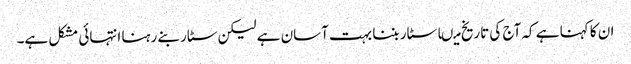
ان کا کہنا ہے کہ آج کی تاریخ میںا سٹار بننا بہت آسان ہے لیکن سٹار بنے رہنا انتہائی مشکل ہے۔